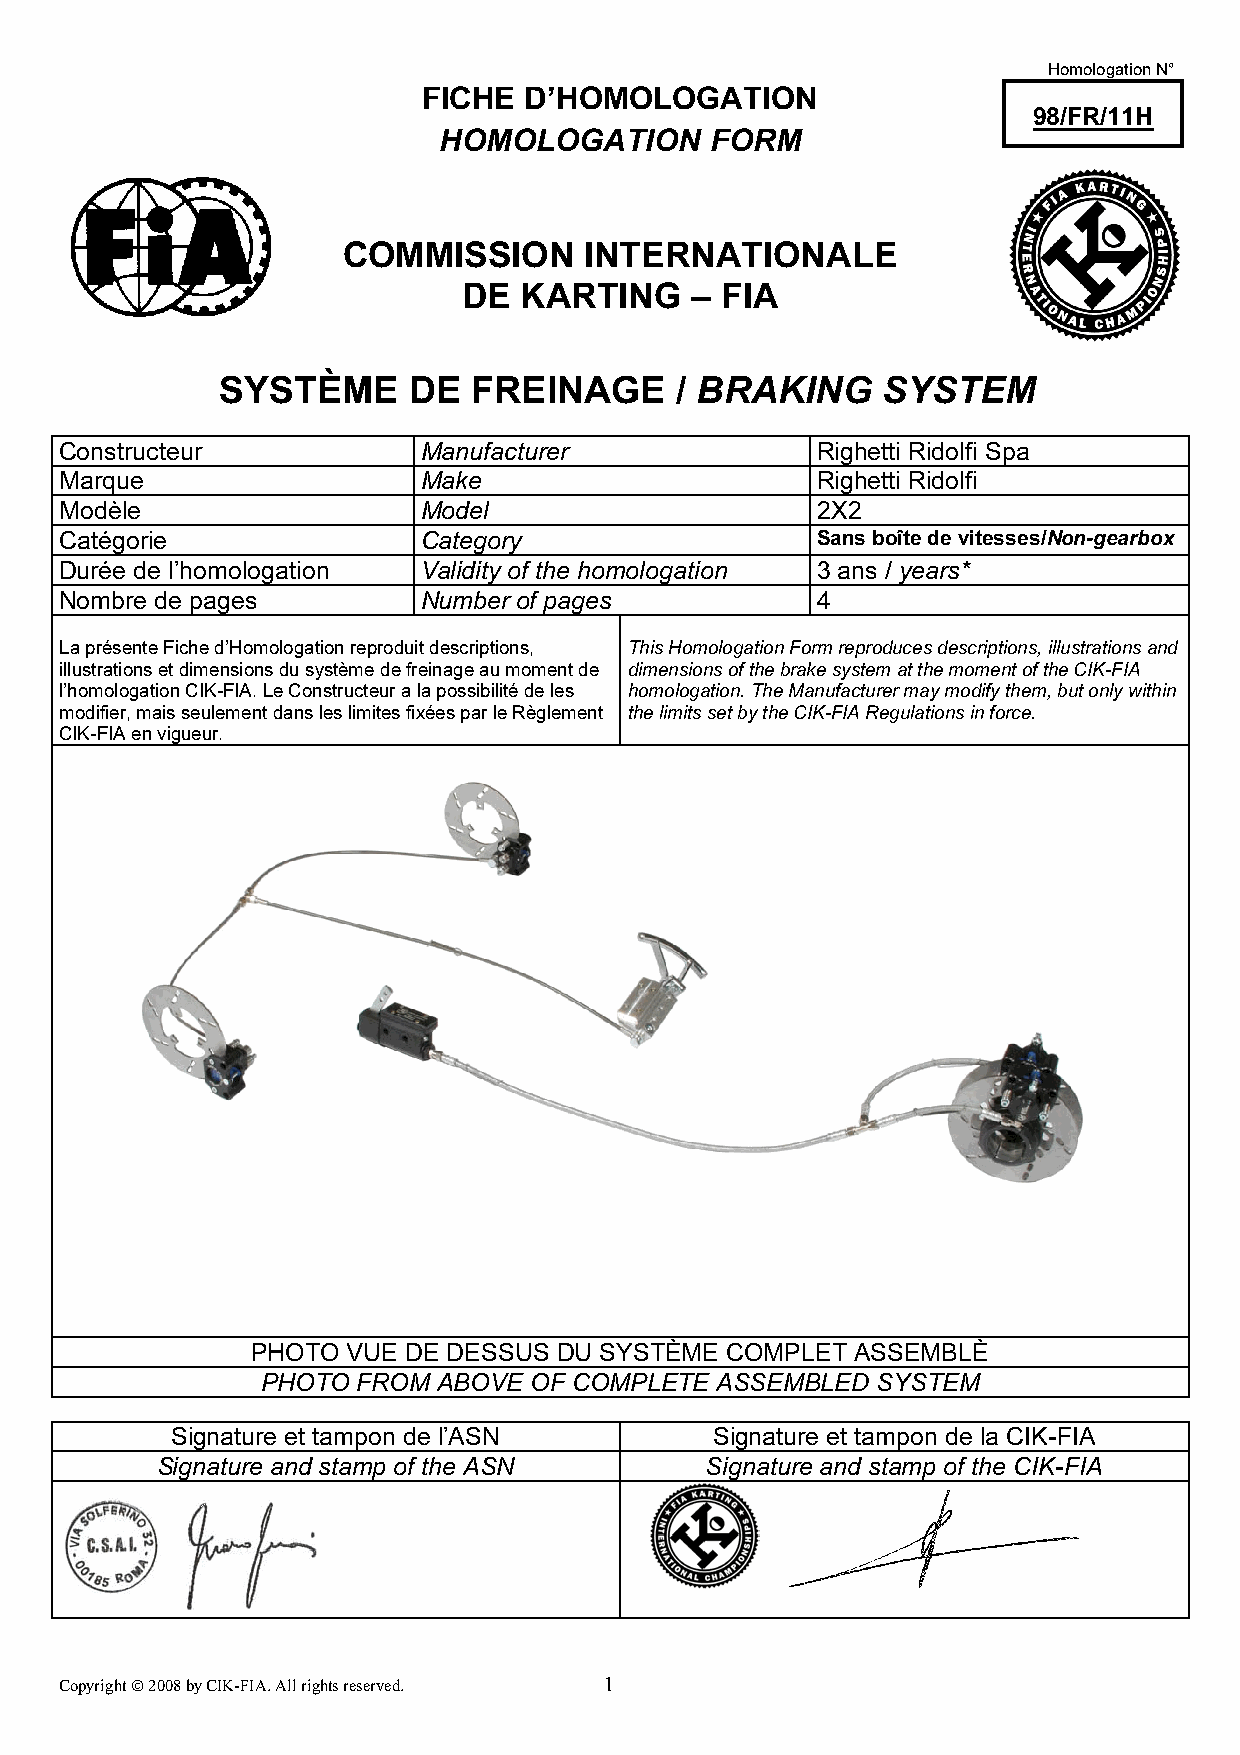
Homologation N°
 FICHE  D’HOMOLOGATION
 98/FR/11H
 HOMOLOGATION      FORM
 COMMISSION      INTERNATIONALE
 DE KARTING     – FIA
 SYSTÈME     DE  FREINAGE      / BRAKING    SYSTEM
 Constructeur            Manufacturer              Righetti Ridolfi Spa
 Marque                  Make                      Righetti Ridolfi
 Modèle                  Model                     2X2
 Catégorie               Category                  Sans boîte de vitesses/Non-gearbox
 Durée de l’homologation Validity of the homologation 3 ans / years*
 Nombre de pages         Number of pages           4
 La présente Fiche d’Homologation reproduit descriptions, This Homologation Form reproduces descriptions, illustrations and
 illustrations et dimensions du système de freinage au moment de dimensions of the brake system at the moment of the CIK-FIA
 l’homologation CIK-FIA. Le Constructeur a la possibilité de les homologation. The Manufacturer may modify them, but only within
 modifier, mais seulement dans les limites fixées par le Règlement the limits set by the CIK-FIA Regulations in force.
 CIK-FIA en vigueur.
 PHOTO VUE DE DESSUS DU SYSTÈME COMPLET  ASSEMBLÈ
 PHOTO  FROM ABOVE OF COMPLETE ASSEMBLED  SYSTEM
 Signature et tampon de l’ASN        Signature et tampon de la CIK-FIA
 Signature and stamp of the ASN       Signature and stamp of the CIK-FIA
 Copyright © 2008 by CIK-FIA. All rights reserved. 1